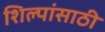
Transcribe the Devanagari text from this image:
शिल्पांसाठी